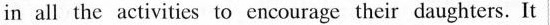
in all the activities to encourage their daughters. It